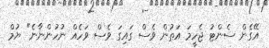
އޭގެން ސެންޓު ޖެހީމަ އަތުން ވެސް ގައިގަ ވެސް ވަހެއް ނުހުންނާނެ" ޔުމް